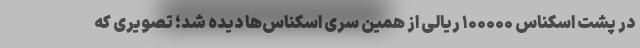
در پشت اسکناس ۱۰۰۰۰۰ ریالی از همین سری اسکناس‌ها دیده شد؛ تصویری که